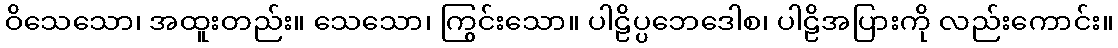
ဝိသေသော၊ အထူးတည်း။ သေသော၊ ကြွင်းသော။ ပါဠိပ္ပဘေဒေါစ၊ ပါဠိအပြားကို လည်းကောင်း။